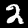
Label: 2